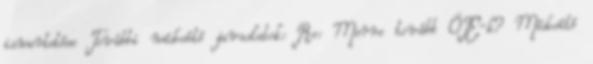
ismertetése További módosító javaslatok: Re: Merre tovább ÖTE-k? Módosító